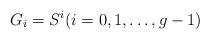
LaTeX: \begin{align*}G_i=S^i (i=0,1,\ldots,g-1)\end{align*}